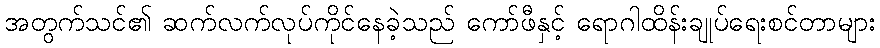
အတွက်သင်၏ ဆက်လက်လုပ်ကိုင်နေခဲ့သည် ကော်ဖီနှင့် ရောဂါထိန်းချုပ်ရေးစင်တာများ